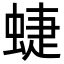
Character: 蜨